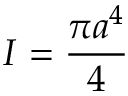
I = { \frac { \pi a ^ { 4 } } { 4 } }